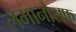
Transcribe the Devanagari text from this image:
लमानोसफ